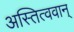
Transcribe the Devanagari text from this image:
अस्तित्ववान्‌